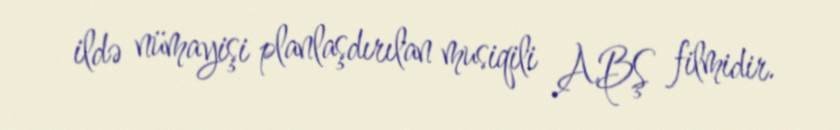
ildə nümayişi planlaşdırılan musiqili ABŞ filmidir.